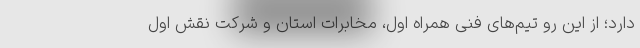
دارد؛ از این رو تیم‌های فنی همراه اول، مخابرات استان و شرکت نقش اول